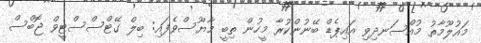
މައުލޫމާތު މުއްސަނދިވި އައިޕެޑް ބޭނުންކުރާ މީހުން ތިބީ މާޔޫސްވެފައި: ބިލް ގޭޓްސްސްޓީވް ޖޮބްސް